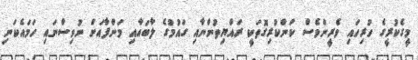
މީގެކުރީގެ ހުރިހައި ވެރީންވެސް ކަންކުރިގޮތަކީ ރައްޔިތުންނާއި ގައުމުގެ ލާބައާއި މަންފާއަށް ނުވިސްނައި ހަމައެކަނި